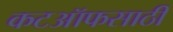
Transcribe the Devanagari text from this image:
कटऑफसाठी